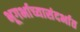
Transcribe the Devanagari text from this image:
भूगर्भाच्यासंदर्भात